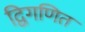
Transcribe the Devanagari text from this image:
द्विगणित